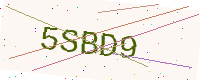
Text: 5SBD9